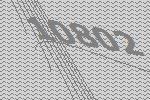
10802